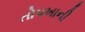
તોપખાની